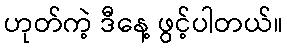
ဟုတ်ကဲ့ ဒီနေ့ ဖွင့်ပါတယ်။